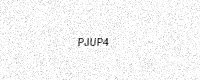
Text: PJUP4